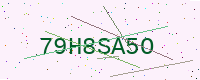
Text: 79H8SA5O